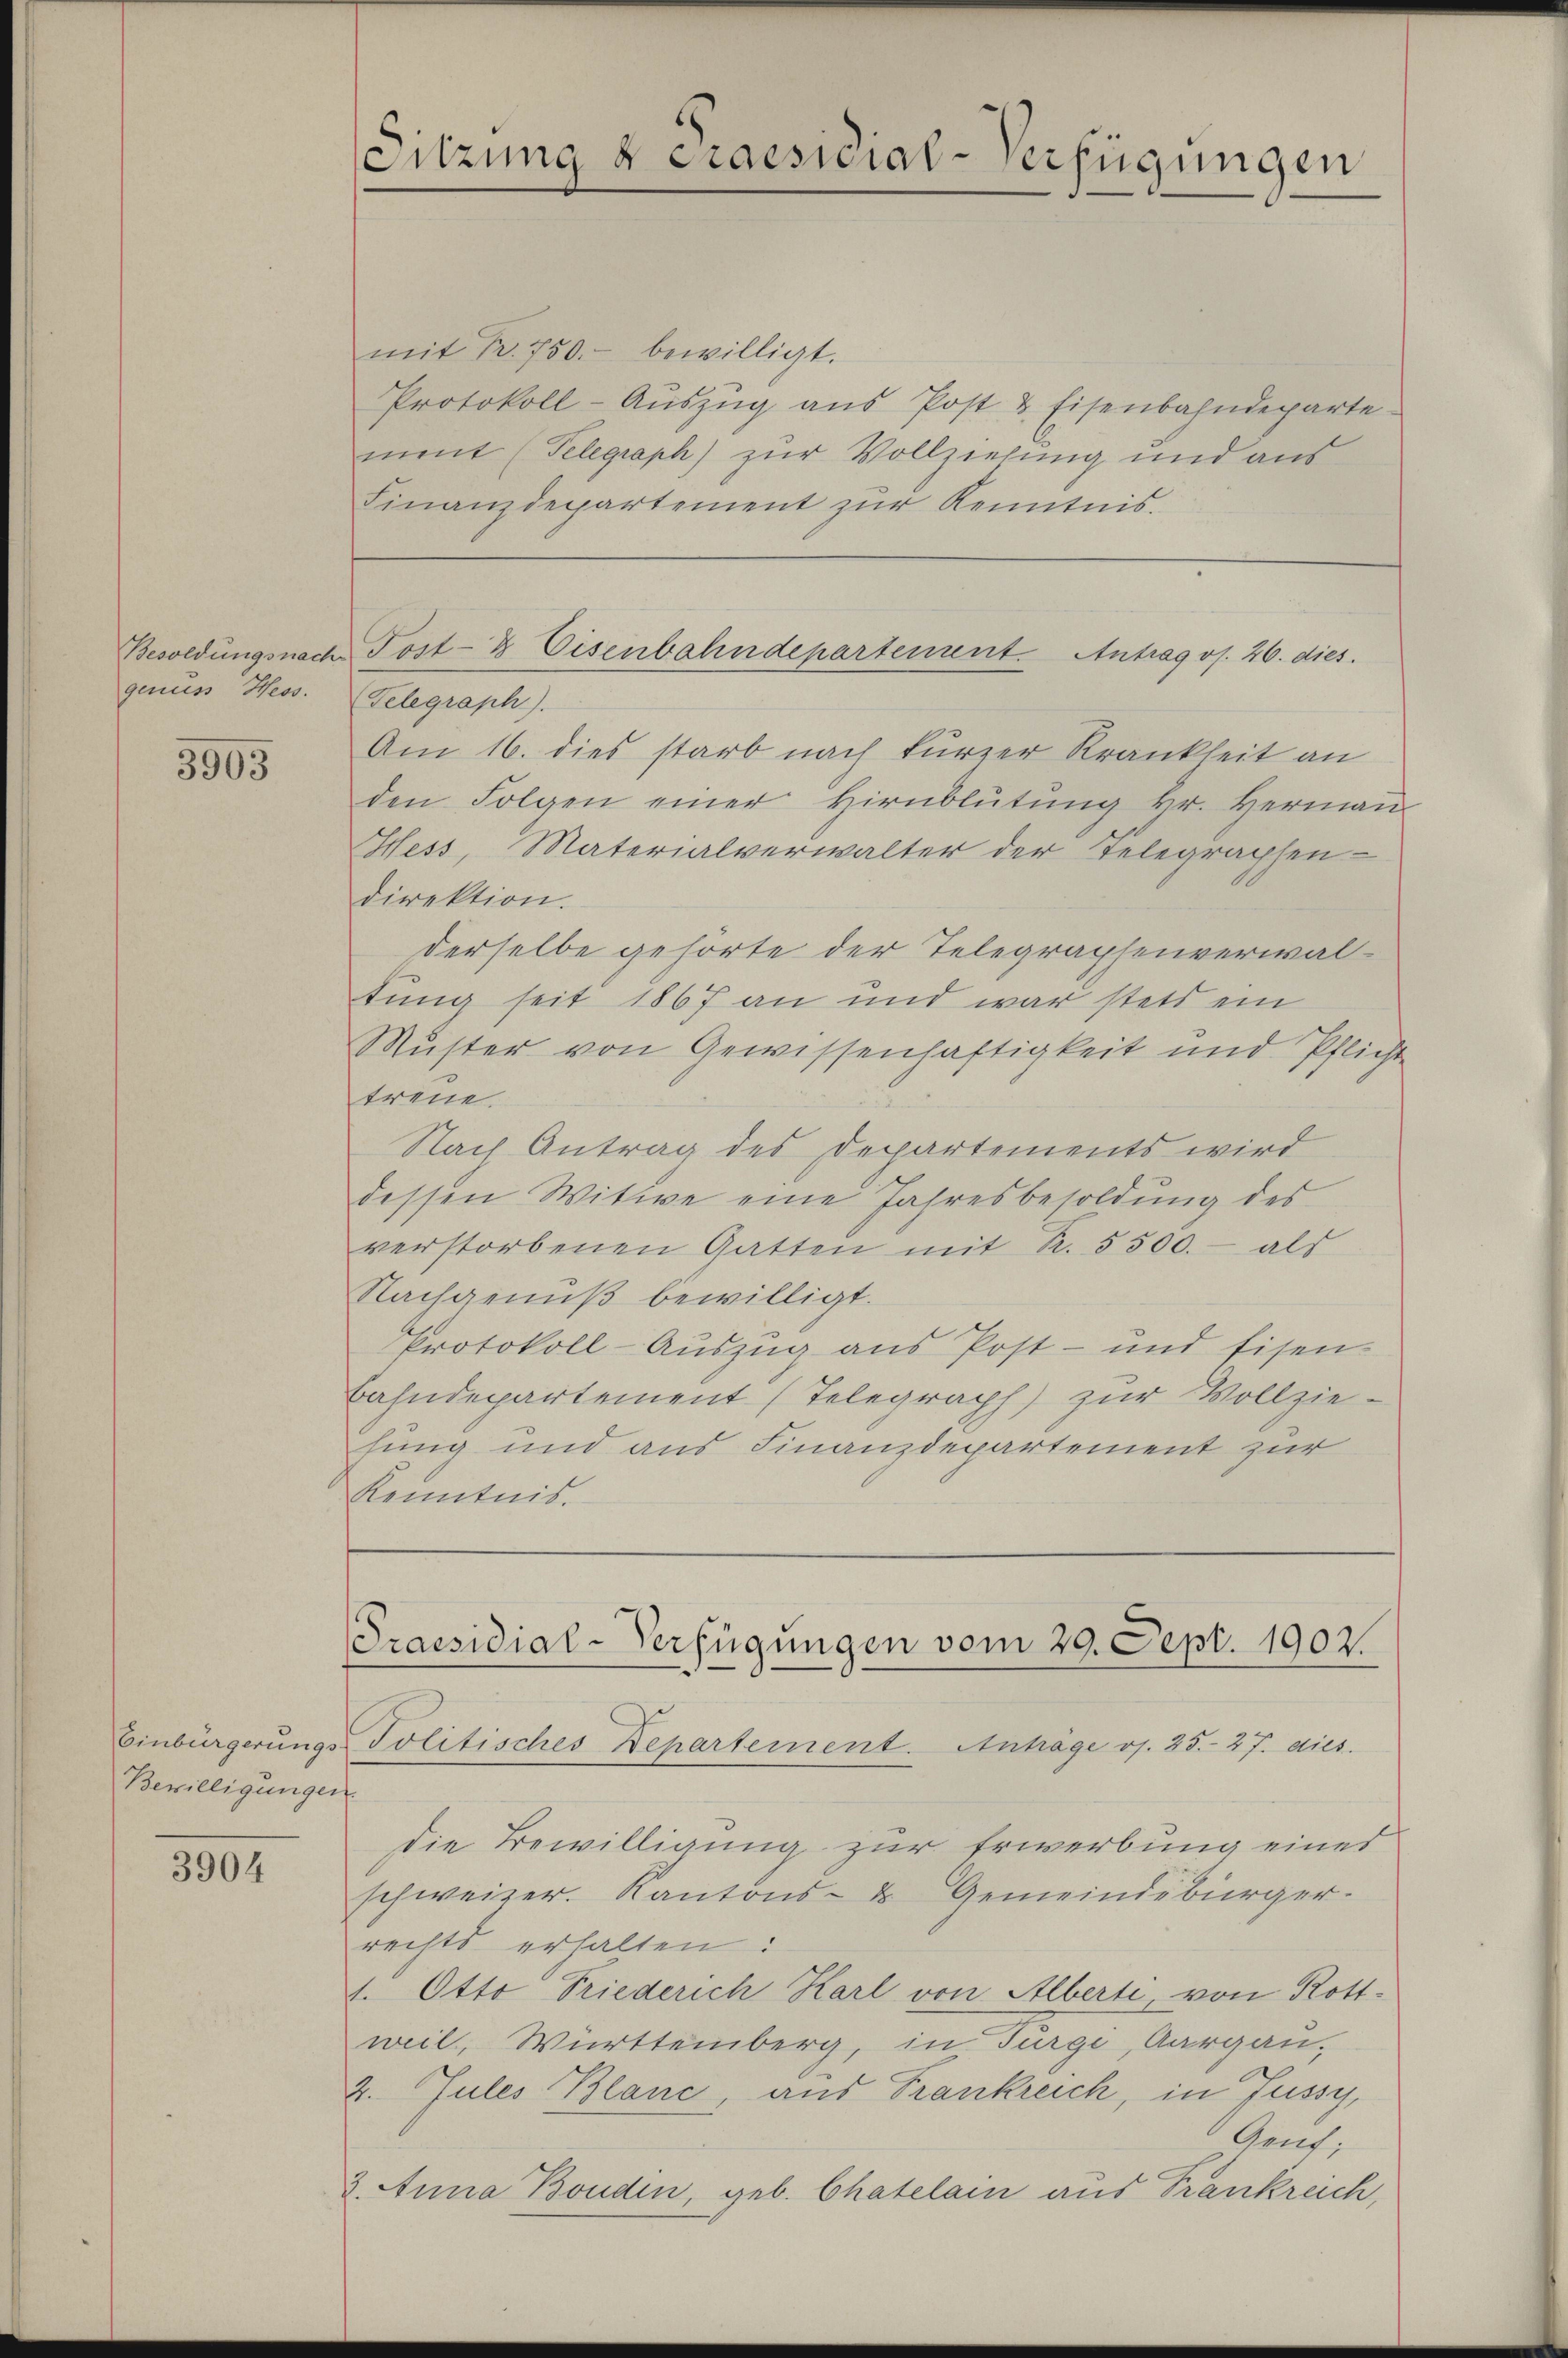
genuss Hess.

3903

Bewilligungen.

3904

Sitzung & Praesidial-Verfügungen

mit Nr. 750.- bewilligt.
Protokoll-Aŭszŭg aŭs Post & Eisenbahndeparte
ment (Telegraph) zur Vollziehung und aus
Finanzdepartement zŭr Kenntnis.

Besoldungsnach Post- & Eisenbahndepartement. Antrag os. 26. dies
Telegraph).

Praesidial-Verfügungen vom 29. Sept. 1902.
Einbürgerŭngs-Politisches Departement. Anträge v. 25. 27. dies

die Bewilligung zur Erwerbung eines
schweizer. Kantons- & Gemeindebürger.
rechts erhalten:
1. Otto Triederich Karl von Alberti von Rott-
weil, Württemberg, in Turge, Aargau,
2. Jules Blanc, aus Frankreich, in Fussy,
Genf,
3. Anna Boudin, geb. Chatelain aus Frankreich,

Am 16. dies starb nach kürzer Krankheit an
den Folgen einer Hirnblŭtŭng Hr. Hermaṅ
Hess, Materialverwalter der Telegraphen-
direktion.
derselbe gehörte der Telegraphenverwaltung seit 1867 an und war stets ein
Muster von Gewissenhaftigkeit und Pflicht
treue.
Nach Antrag des Departements wird
dessen Witwe eine Jahresbesoldung des
verstorbenen Gatten mit R. 5500.- als
Nachgenuß bewilligt.
Protokoll-Auszug aus Post- und Eisen-
Bahndepartement (Telegraph) zur Vollziehung und aus Finanzdepartement zur
Kenntnis.